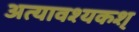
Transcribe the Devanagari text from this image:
अत्यावश्यकश्